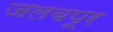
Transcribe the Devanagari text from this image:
जलबपूर